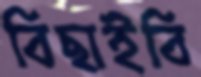
বিছাইবি